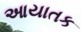
આયાતક